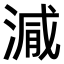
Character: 𣺁